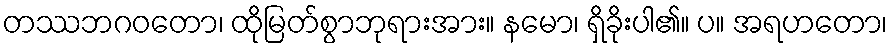
တဿဘဂဝတော၊ ထိုမြတ်စွာဘုရားအား။ နမော၊ ရှိခိုးပါ၏။ ပ။ အရဟတော၊